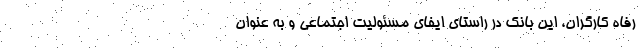
رفاه کارگران، این بانک در راستای ایفای مسئولیت اجتماعی و به عنوان